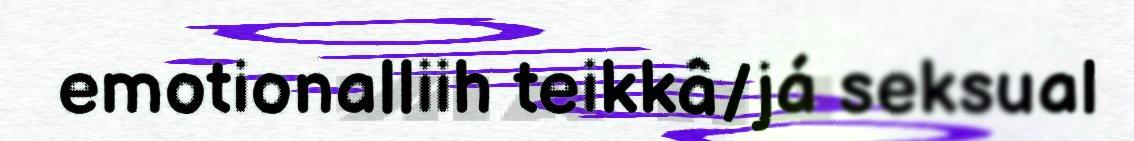
emotionalliih teikkâ/já seksual